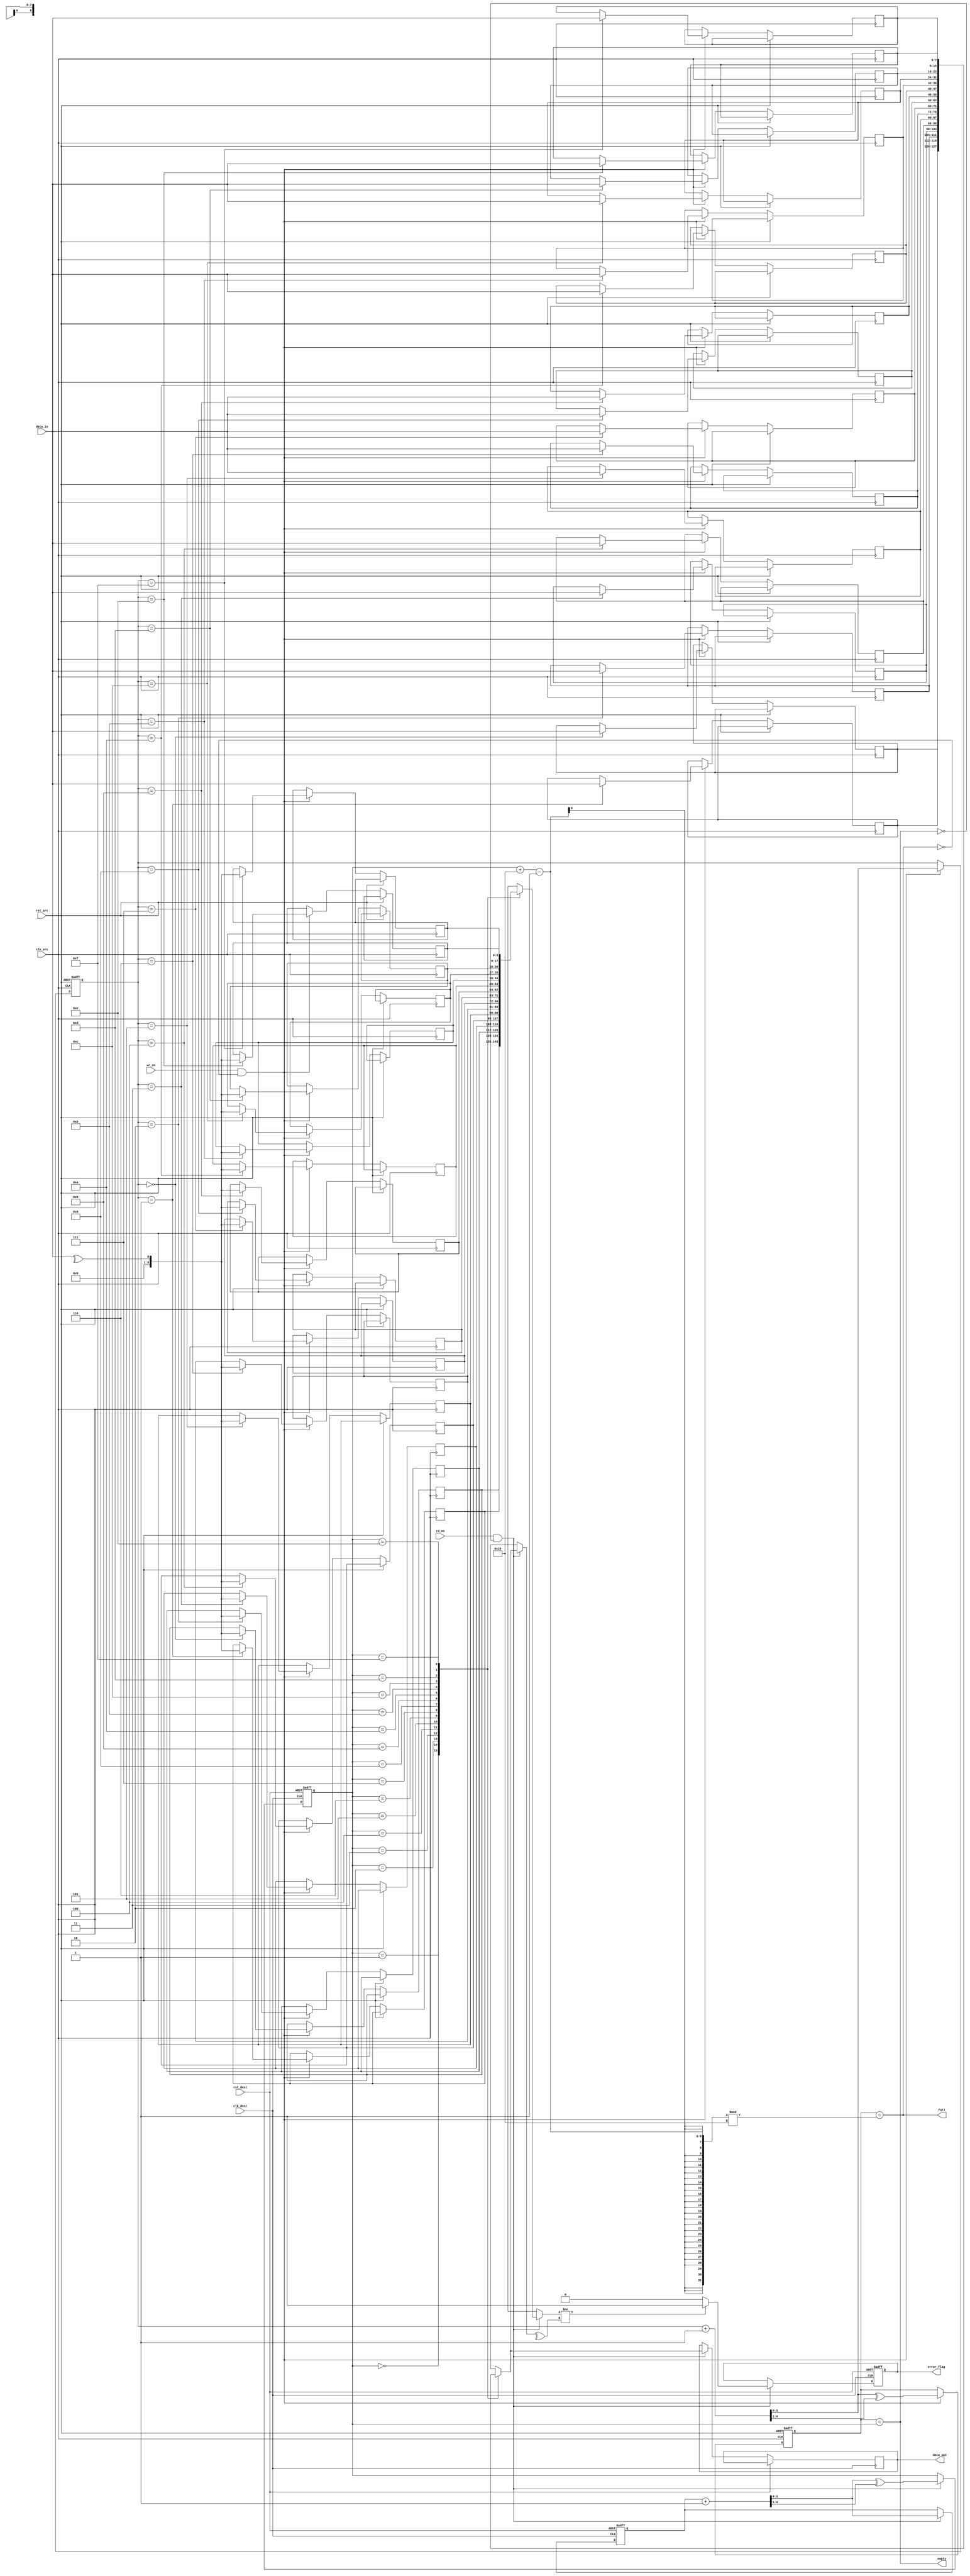
module dual_clock_fifo #(
    parameter DATA_WIDTH = 8,
    parameter FIFO_DEPTH = 16
)(
    input wire clk_src,
    input wire clk_dest,
    input wire rst_src,
    input wire rst_dest,
    input wire [DATA_WIDTH-1:0] data_in,
    input wire wr_en,
    output wire full,
    output wire empty,
    output wire [DATA_WIDTH-1:0] data_out,
    input wire rd_en,
    output wire error_flag
);

    // FIFO storage
    reg [DATA_WIDTH-1:0] fifo_mem [0:FIFO_DEPTH-1];
    reg [DATA_WIDTH:0] parity_mem [0:FIFO_DEPTH-1]; // Parity bit included
    reg [3:0] wr_ptr;
    reg [3:0] rd_ptr;
    reg [3:0] wr_ptr_gray;
    reg [3:0] rd_ptr_gray;
    reg [3:0] wr_ptr_sync;
    reg [3:0] rd_ptr_sync;

    // Full and empty flags
    assign full = (wr_ptr_gray[3:0] == (rd_ptr_gray[3:0] + FIFO_DEPTH - 1) % FIFO_DEPTH);
    assign empty = (wr_ptr_gray[3:0] == rd_ptr_gray[3:0]);

    // Error flag
    reg error_flag_reg;
    assign error_flag = error_flag_reg;

    // Write logic (source clock domain)
    always @(posedge clk_src or posedge rst_src) begin
        if (rst_src) begin
            wr_ptr <= 0;
            wr_ptr_gray <= 0;
        end else if (wr_en && !full) begin
            fifo_mem[wr_ptr] <= data_in;
            parity_mem[wr_ptr] <= ^data_in; // Even parity
            wr_ptr <= wr_ptr + 1;
            wr_ptr_gray <= (wr_ptr + 1) ^ ((wr_ptr + 1) >> 1); // Gray code conversion
        end
    end

    // Read logic (destination clock domain)
    always @(posedge clk_dest or posedge rst_dest) begin
        if (rst_dest) begin
            rd_ptr <= 0;
            rd_ptr_gray <= 0;
            error_flag_reg <= 0;
        end else if (rd_en && !empty) begin
            // Check parity
            if (parity_mem[rd_ptr_gray] != ^fifo_mem[rd_ptr_gray]) begin
                error_flag_reg <= 1; // Set error flag if parity mismatch
            end else begin
                error_flag_reg <= 0; // Clear error flag if no mismatch
            end
            data_out <= fifo_mem[rd_ptr_gray];
            rd_ptr <= rd_ptr + 1;
            rd_ptr_gray <= (rd_ptr + 1) ^ ((rd_ptr + 1) >> 1); // Gray code conversion
        end
    end

    // Synchronize write pointer to destination clock domain
    always @(posedge clk_dest or posedge rst_dest) begin
        if (rst_dest) begin
            wr_ptr_sync <= 0;
        end else begin
            wr_ptr_sync <= wr_ptr_gray; // Synchronize write pointer
        end
    end

    // Synchronize read pointer to source clock domain
    always @(posedge clk_src or posedge rst_src) begin
        if (rst_src) begin
            rd_ptr_sync <= 0;
        end else begin
            rd_ptr_sync <= rd_ptr_gray; // Synchronize read pointer
        end
    end

endmodule